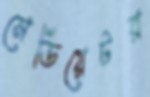
মেডিয়েটর